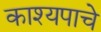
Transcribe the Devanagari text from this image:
काश्यपाचे